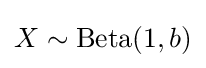
X\sim {\textrm {Beta}}(1,b)